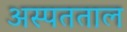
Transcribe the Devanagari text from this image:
अस्पतताल